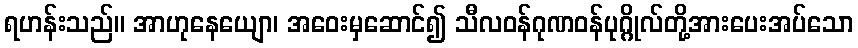
ရဟန်းသည်။ အာဟုနေယျော၊ အဝေးမှဆောင်၍ သီလဝန်ဂုဏဝန်ပုဂ္ဂိုလ်တို့အားပေးအပ်သော